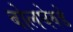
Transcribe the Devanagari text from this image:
बोलघेवडे